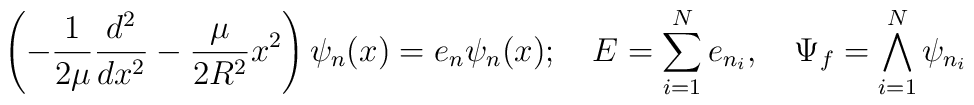
\left(-\frac{1}{2\mu}\frac{d^{2}}{dx^{2}}-\frac{\mu}{2R^{2}}x^{2}\right)\psi_{n}(x)=e_{n}\psi_{n}(x);\quad E=\sum_{i=1}^{N}e_{n_{i}},\quad\Psi_{f}=\bigwedge_{i=1}^{N}\psi_{n_{i}}